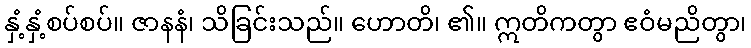
နှံ့နှံ့စပ်စပ်။ ဇာနနံ၊ သိခြင်းသည်။ ဟောတိ၊ ၏။ ဣတိကတွာ ဧဝံမညိတွာ၊